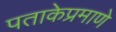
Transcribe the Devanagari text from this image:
पताकेप्रमाणे